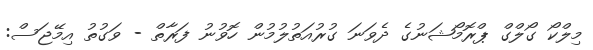
މިލްކޯ ގޯލްގް ޕްރޮމޯޝަނުގެ ދެވަނަ ގުރުއަތުލުމުން ހޮވުނު ފަރާތް - ވަގުތު އިމޭޖަސް: